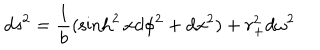
d s ^ { 2 } = { \frac { 1 } { b } } ( \sinh ^ { 2 } x d \phi ^ { 2 } + d x ^ { 2 } ) + r _ { + } ^ { 2 } d \omega ^ { 2 }